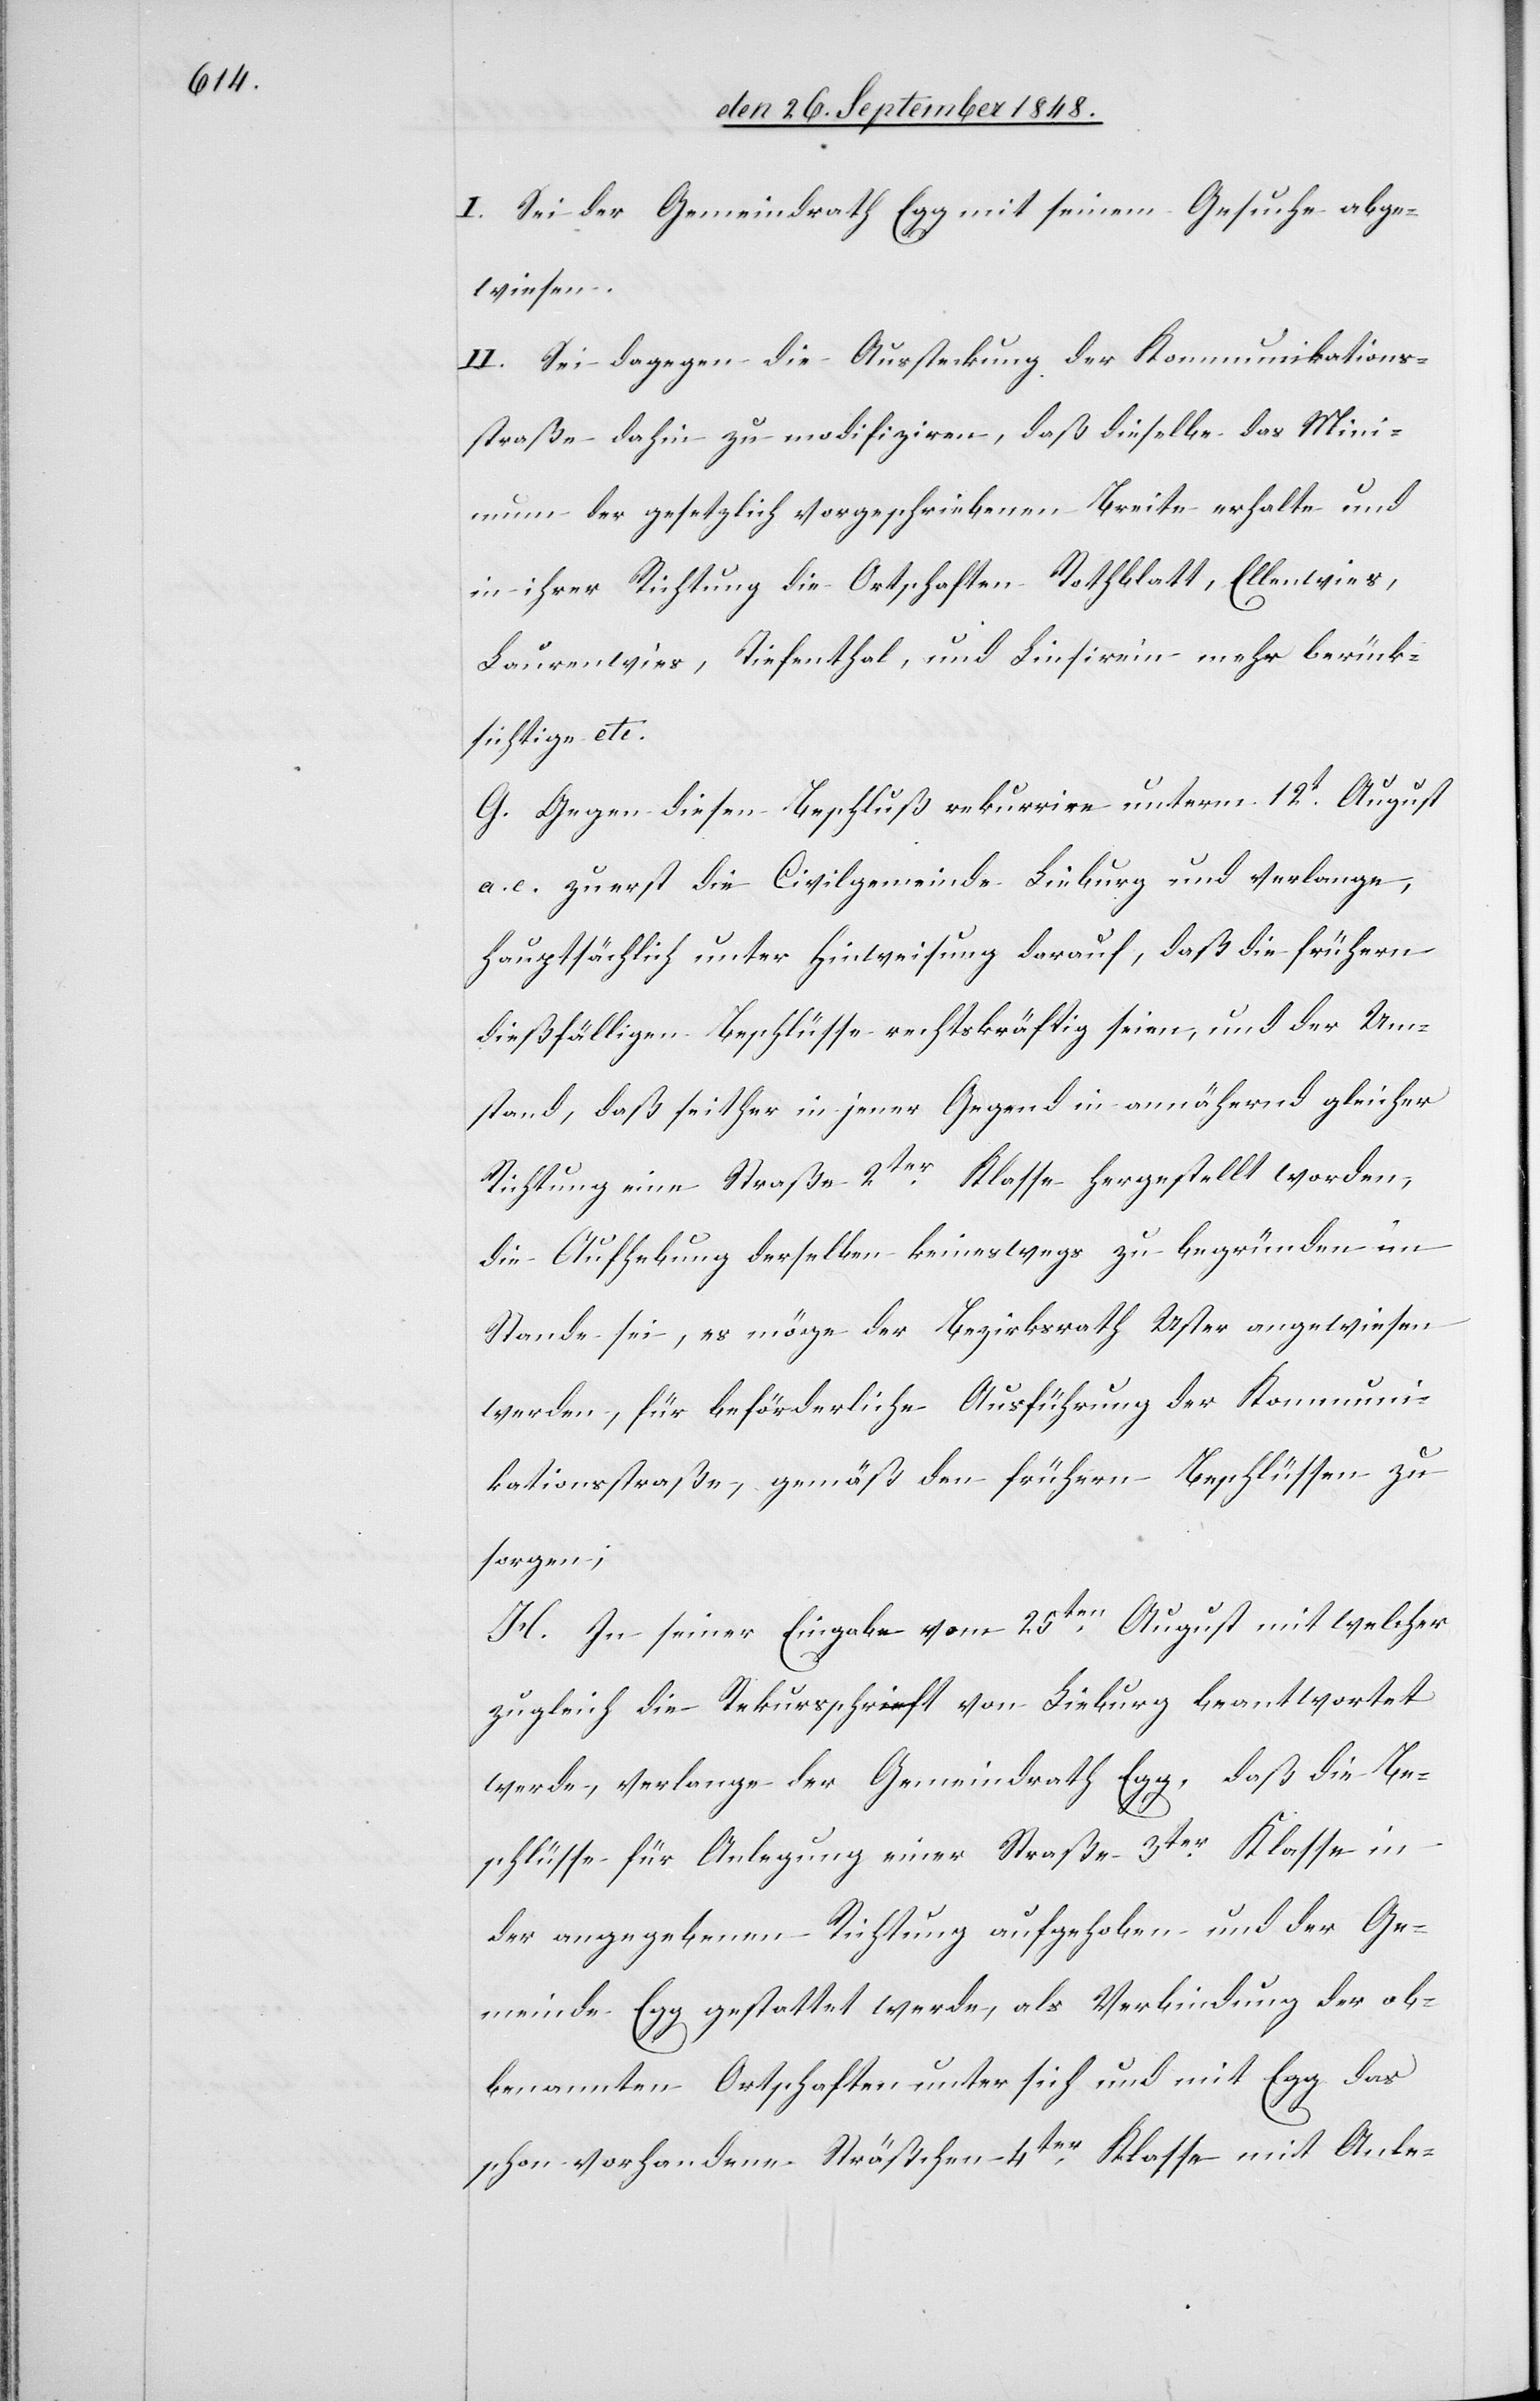
berück¬

I. Sei der Gemeindrath Egg mit seinem Gesuche abge¬
wiesen.
II. Sei dagegen die Aussteckung der Kommunikations¬
straße dahin zu modifiziren, daß dieselbe das Mini¬
mum der gesetzlich vorgeschriebenen Breite erhalte und
in ihrer Richtung die Ortschaften Rothblatt, Ellenwies,
Laurenwies, Tiefenthal, und Linsirein [recte:
sichtige etc.
G. Gegen diesen Beschluß rekurrire unterm 12t. August
a. c. zuerst die Civilgemeinde Lieburg und verlange,
hauptsächlich unter Hinweisung darauf, daß die frühern
dießfälligen Beschlüsse rechtskräftig seien, und der Um¬
stand, daß seither in jener Gegend in annähernd gleicher
Richtung eine Straße 2ter Klasse hergestellt worden,
die Aufhebung derselben keineswegs zu begründen im
Stande sei, es möge der Bezirksrath Uster angewiesen
werden, für beförderliche Ausführung der Kommuni¬
kationsstraße, gemäß den frühern Beschlüssen zu
sorgen;
H. In seiner Eingabe vom 25ten. August mit welcher
zugleich die Rekursschrift von Lieburg beantwortet
werde, verlange der Gemeindrath Egg, daß die Be¬
schlüsse für Anlegung einer Straße 3ter Klasse in
der angegebenen Richtung aufgehoben und der Ge¬
meinde Egg gestattet werde, als Verbindung der ob¬
benannten Ortschaften unter sich und mit Egg das
schon vorhandene Sträßchen 4ter Klasse mit Anle-